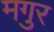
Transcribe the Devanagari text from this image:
मगुर